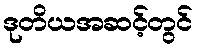
ဒုတိယအဆင့်တွင်